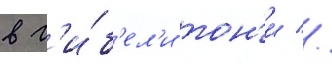
в г'и́б'ел'и тон'и //